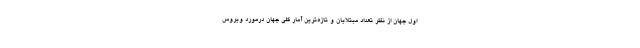
اول جهان از نظر تعداد مبتلایان و تازه‌ترین آمار کلی جهان درمورد ویروس